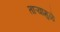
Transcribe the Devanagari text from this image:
ताऱ्यामुळे